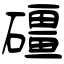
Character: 礓